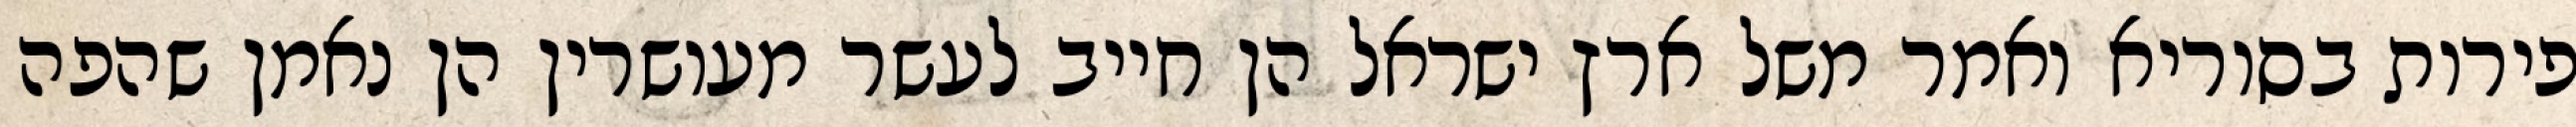
פירות בסוריא ואמר משל ארץ ישראל הן חייב לעשר מעושרין הן נאמן שהפה